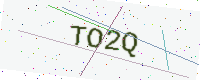
Text: TO2Q